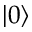
| 0 \rangle